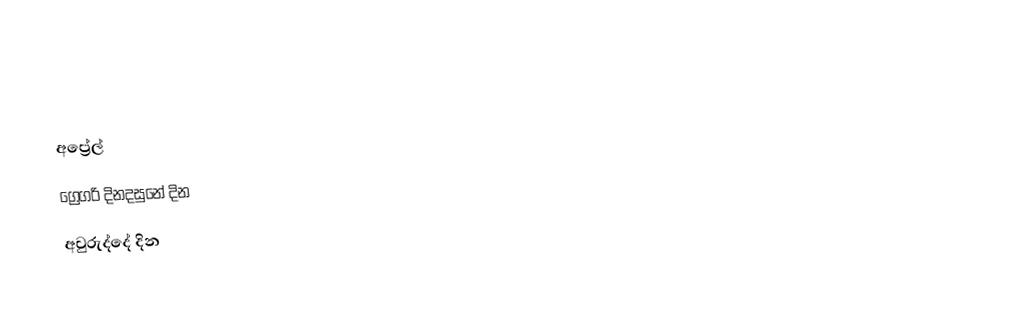
අප්‍රේල්
ග්‍රෙගරි දිනදසුනේ දින
අවුරුද්දේ දින